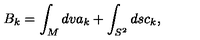
B _ { k } = \int _ { M } d v a _ { k } + \int _ { S ^ { 2 } } d s c _ { k } ,